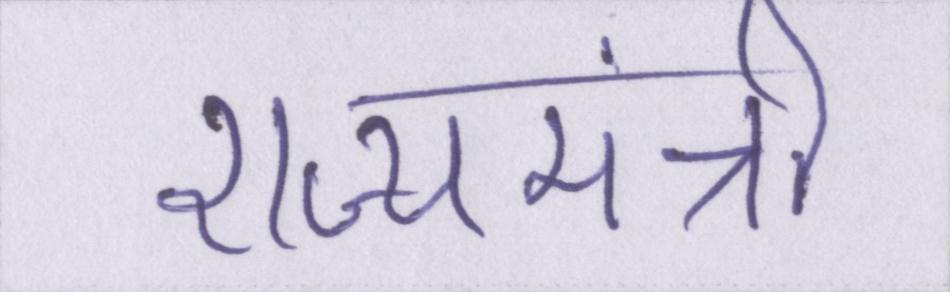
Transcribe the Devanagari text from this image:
राज्यमंत्री